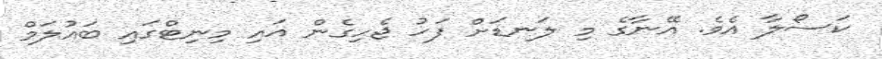
ކަސޯލާ އެވެ. އޭނާގެ މި ލަނޑަށް ފަހު ޖެހިގެން އައި މިނިޓްގައި ބައުލަމް